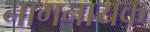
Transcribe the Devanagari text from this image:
नागनायक